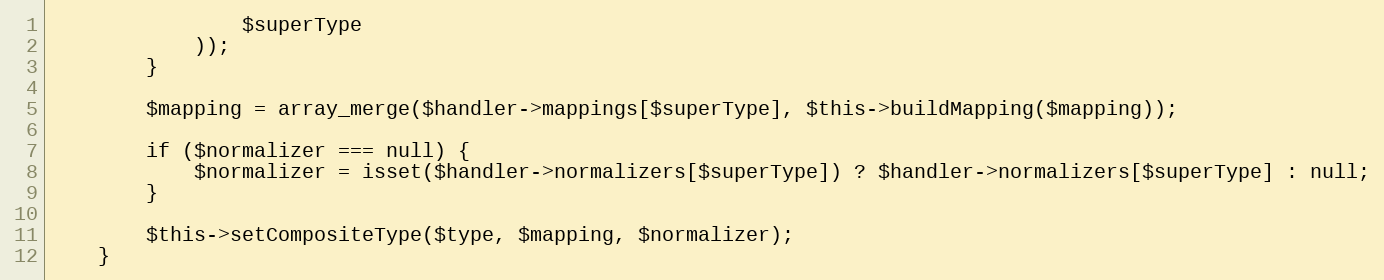
Language: PHP
                $superType
            ));
        }

        $mapping = array_merge($handler->mappings[$superType], $this->buildMapping($mapping));

        if ($normalizer === null) {
            $normalizer = isset($handler->normalizers[$superType]) ? $handler->normalizers[$superType] : null;
        }

        $this->setCompositeType($type, $mapping, $normalizer);
    }